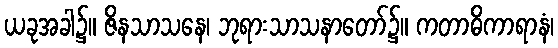
ယခုအခါ၌။ ဇိနသာသနေ၊ ဘုရားသာသနာတော်၌။ ကတာဓိကာရာနံ၊